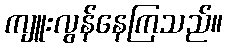
ကျူးလွန်နေကြသည်။